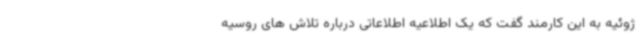
ژوئیه به این کارمند گفت که یک اطلاعیه اطلاعاتی درباره تلاش های روسیه